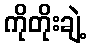
ကိုတိုးချဲ့